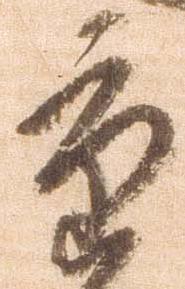
重